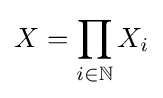
X=\prod _{i\in \mathbb {N} }X_{i}